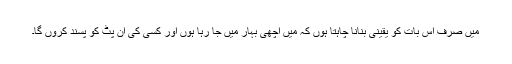
میں صرف اس بات کو یقینی بنانا چاہتا ہوں کہ میں اچھی بہار میں جا رہا ہوں اور کسی کی ان پٹ کو پسند کروں گا۔